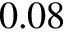
0 . 0 8